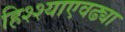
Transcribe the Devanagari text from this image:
हिश्श्याएवढ्या